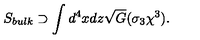
S _ { b u l k } \supset \int d ^ { 4 } x d z \sqrt { G } ( \sigma _ { 3 } \chi ^ { 3 } ) .